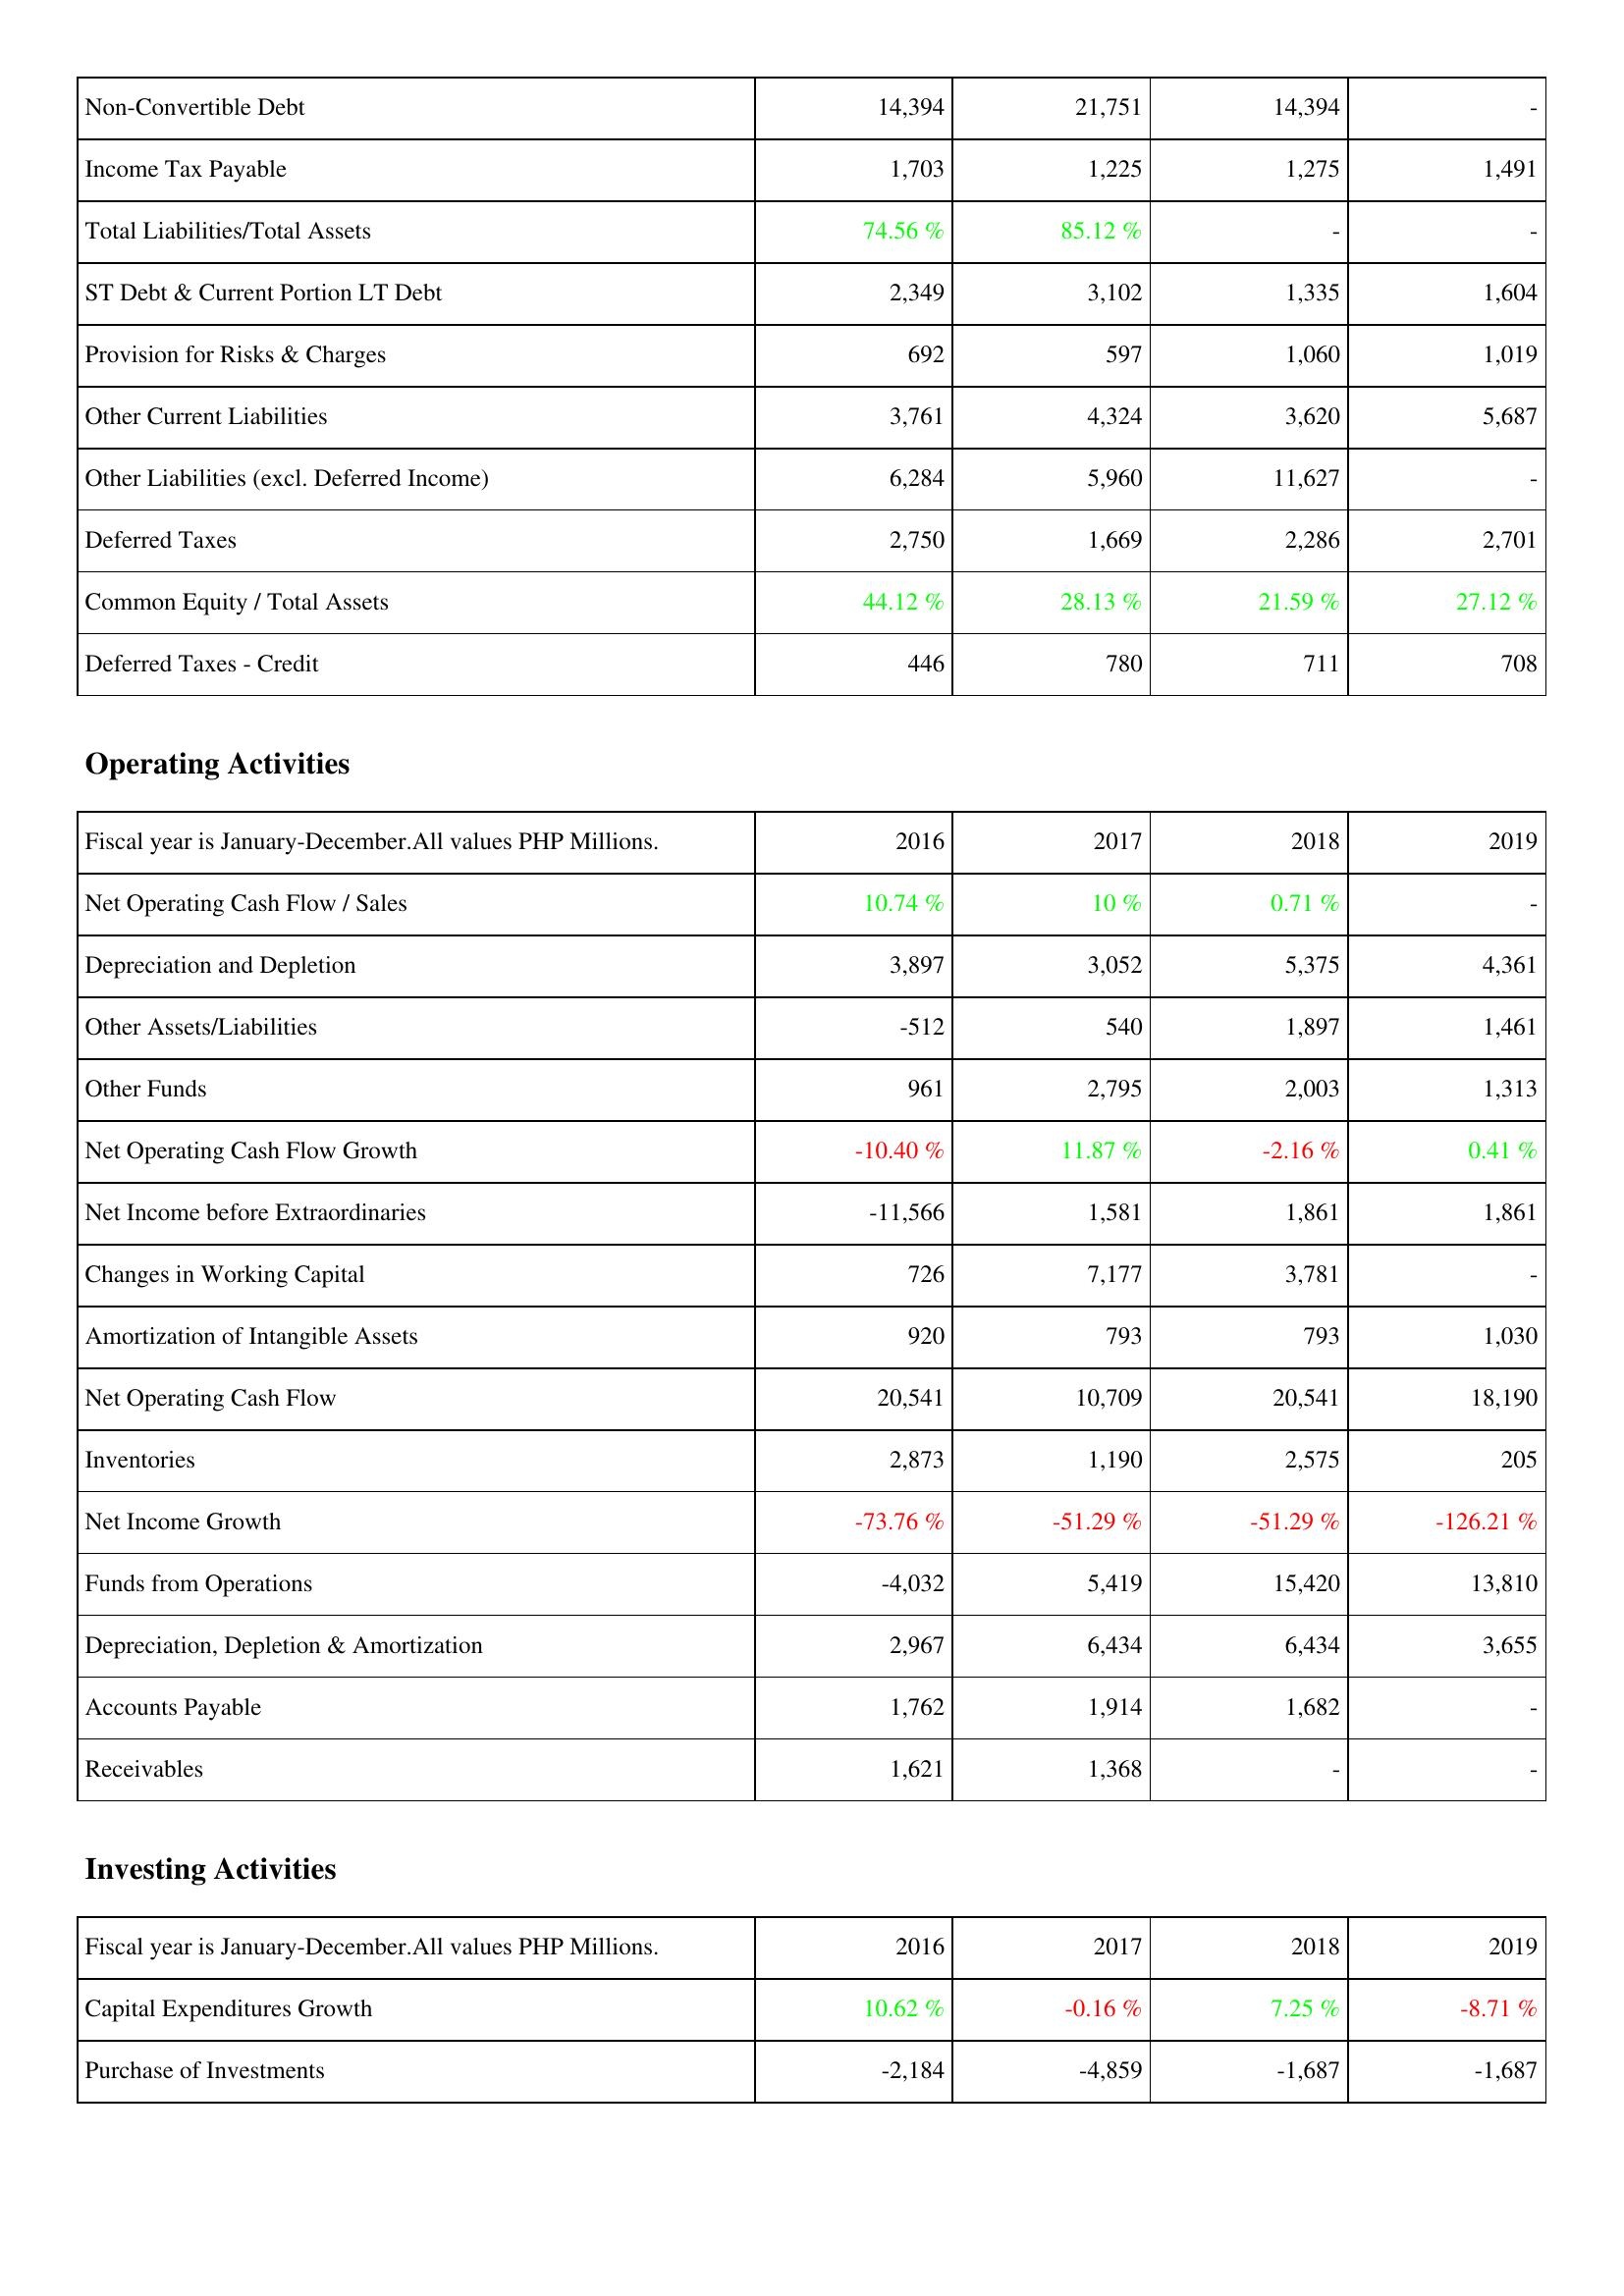
2016: Liabilities & Shareholders' Equity: Non-Convertible Debt: 14,394
Income Tax Payable: 1,703
Total Liabilities/Total Assets: 74.56 %
ST Debt & Current Portion LT Debt: 2,349
Provision for Risks & Charges: 692
Other Current Liabilities: 3,761
Other Liabilities (excl. Deferred Income): 6,284
Deferred Taxes: 2,750
Common Equity / Total Assets: 44.12 %
Deferred Taxes - Credit: 446
Operating Activities: Net Operating Cash Flow / Sales: 10.74 %
Depreciation and Depletion: 3,897
Other Assets/Liabilities: -512
Other Funds: 961
Net Operating Cash Flow Growth: -10.40 %
Net Income before Extraordinaries: -11,566
Changes in Working Capital: 726
Amortization of Intangible Assets: 920
Net Operating Cash Flow: 20,541
Inventories: 2,873
Net Income Growth: -73.76 %
Funds from Operations: -4,032
Depreciation, Depletion & Amortization: 2,967
Accounts Payable: 1,762
Receivables: 1,621
Investing Activities: Capital Expenditures Growth: 10.62 %
Purchase of Investments: -2,184
2017: Liabilities & Shareholders' Equity: Non-Convertible Debt: 21,751
Income Tax Payable: 1,225
Total Liabilities/Total Assets: 85.12 %
ST Debt & Current Portion LT Debt: 3,102
Provision for Risks & Charges: 597
Other Current Liabilities: 4,324
Other Liabilities (excl. Deferred Income): 5,960
Deferred Taxes: 1,669
Common Equity / Total Assets: 28.13 %
Deferred Taxes - Credit: 780
Operating Activities: Net Operating Cash Flow / Sales: 10 %
Depreciation and Depletion: 3,052
Other Assets/Liabilities: 540
Other Funds: 2,795
Net Operating Cash Flow Growth: 11.87 %
Net Income before Extraordinaries: 1,581
Changes in Working Capital: 7,177
Amortization of Intangible Assets: 793
Net Operating Cash Flow: 10,709
Inventories: 1,190
Net Income Growth: -51.29 %
Funds from Operations: 5,419
Depreciation, Depletion & Amortization: 6,434
Accounts Payable: 1,914
Receivables: 1,368
Investing Activities: Capital Expenditures Growth: -0.16 %
Purchase of Investments: -4,859
2018: Liabilities & Shareholders' Equity: Non-Convertible Debt: 14,394
Income Tax Payable: 1,275
Total Liabilities/Total Assets: -
ST Debt & Current Portion LT Debt: 1,335
Provision for Risks & Charges: 1,060
Other Current Liabilities: 3,620
Other Liabilities (excl. Deferred Income): 11,627
Deferred Taxes: 2,286
Common Equity / Total Assets: 21.59 %
Deferred Taxes - Credit: 711
Operating Activities: Net Operating Cash Flow / Sales: 0.71 %
Depreciation and Depletion: 5,375
Other Assets/Liabilities: 1,897
Other Funds: 2,003
Net Operating Cash Flow Growth: -2.16 %
Net Income before Extraordinaries: 1,861
Changes in Working Capital: 3,781
Amortization of Intangible Assets: 793
Net Operating Cash Flow: 20,541
Inventories: 2,575
Net Income Growth: -51.29 %
Funds from Operations: 15,420
Depreciation, Depletion & Amortization: 6,434
Accounts Payable: 1,682
Receivables: -
Investing Activities: Capital Expenditures Growth: 7.25 %
Purchase of Investments: -1,687
2019: Liabilities & Shareholders' Equity: Non-Convertible Debt: -
Income Tax Payable: 1,491
Total Liabilities/Total Assets: -
ST Debt & Current Portion LT Debt: 1,604
Provision for Risks & Charges: 1,019
Other Current Liabilities: 5,687
Other Liabilities (excl. Deferred Income): -
Deferred Taxes: 2,701
Common Equity / Total Assets: 27.12 %
Deferred Taxes - Credit: 708
Operating Activities: Net Operating Cash Flow / Sales: -
Depreciation and Depletion: 4,361
Other Assets/Liabilities: 1,461
Other Funds: 1,313
Net Operating Cash Flow Growth: 0.41 %
Net Income before Extraordinaries: 1,861
Changes in Working Capital: -
Amortization of Intangible Assets: 1,030
Net Operating Cash Flow: 18,190
Inventories: 205
Net Income Growth: -126.21 %
Funds from Operations: 13,810
Depreciation, Depletion & Amortization: 3,655
Accounts Payable: -
Receivables: -
Investing Activities: Capital Expenditures Growth: -8.71 %
Purchase of Investments: -1,687